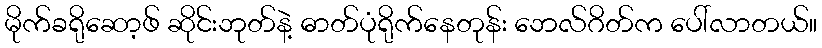
မိုက်ခရိုဆော့ဖ် ဆိုင်းဘုတ်နဲ့ ဓာတ်ပုံရိုက်နေတုန်း ဘေလ်ဂိတ်က ပေါ်လာတယ်။